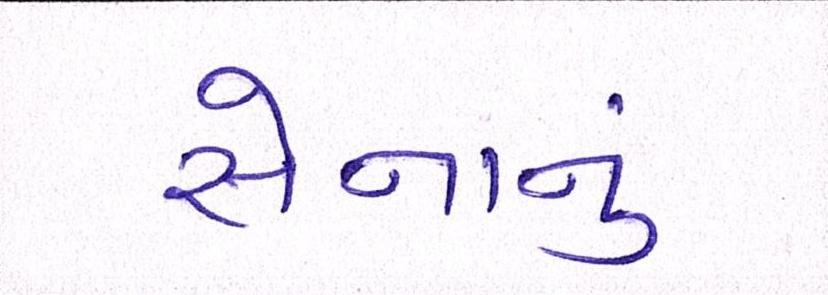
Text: સેનાનું